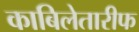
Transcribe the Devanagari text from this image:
काबिलेतारीफ